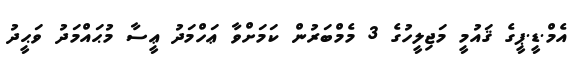
އެމް.ޑީ.ޕީގެ ޤައުމީ މަޖިލީހުގެ 3 މެމްބަރުން ކަމަށްވާ ޢަހްމަދު ޢީސާ މުޙައްމަދު ވަޙީދު